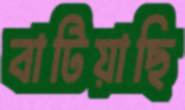
বাটিয়াছি